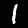
Label: 1